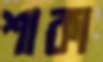
শাকা